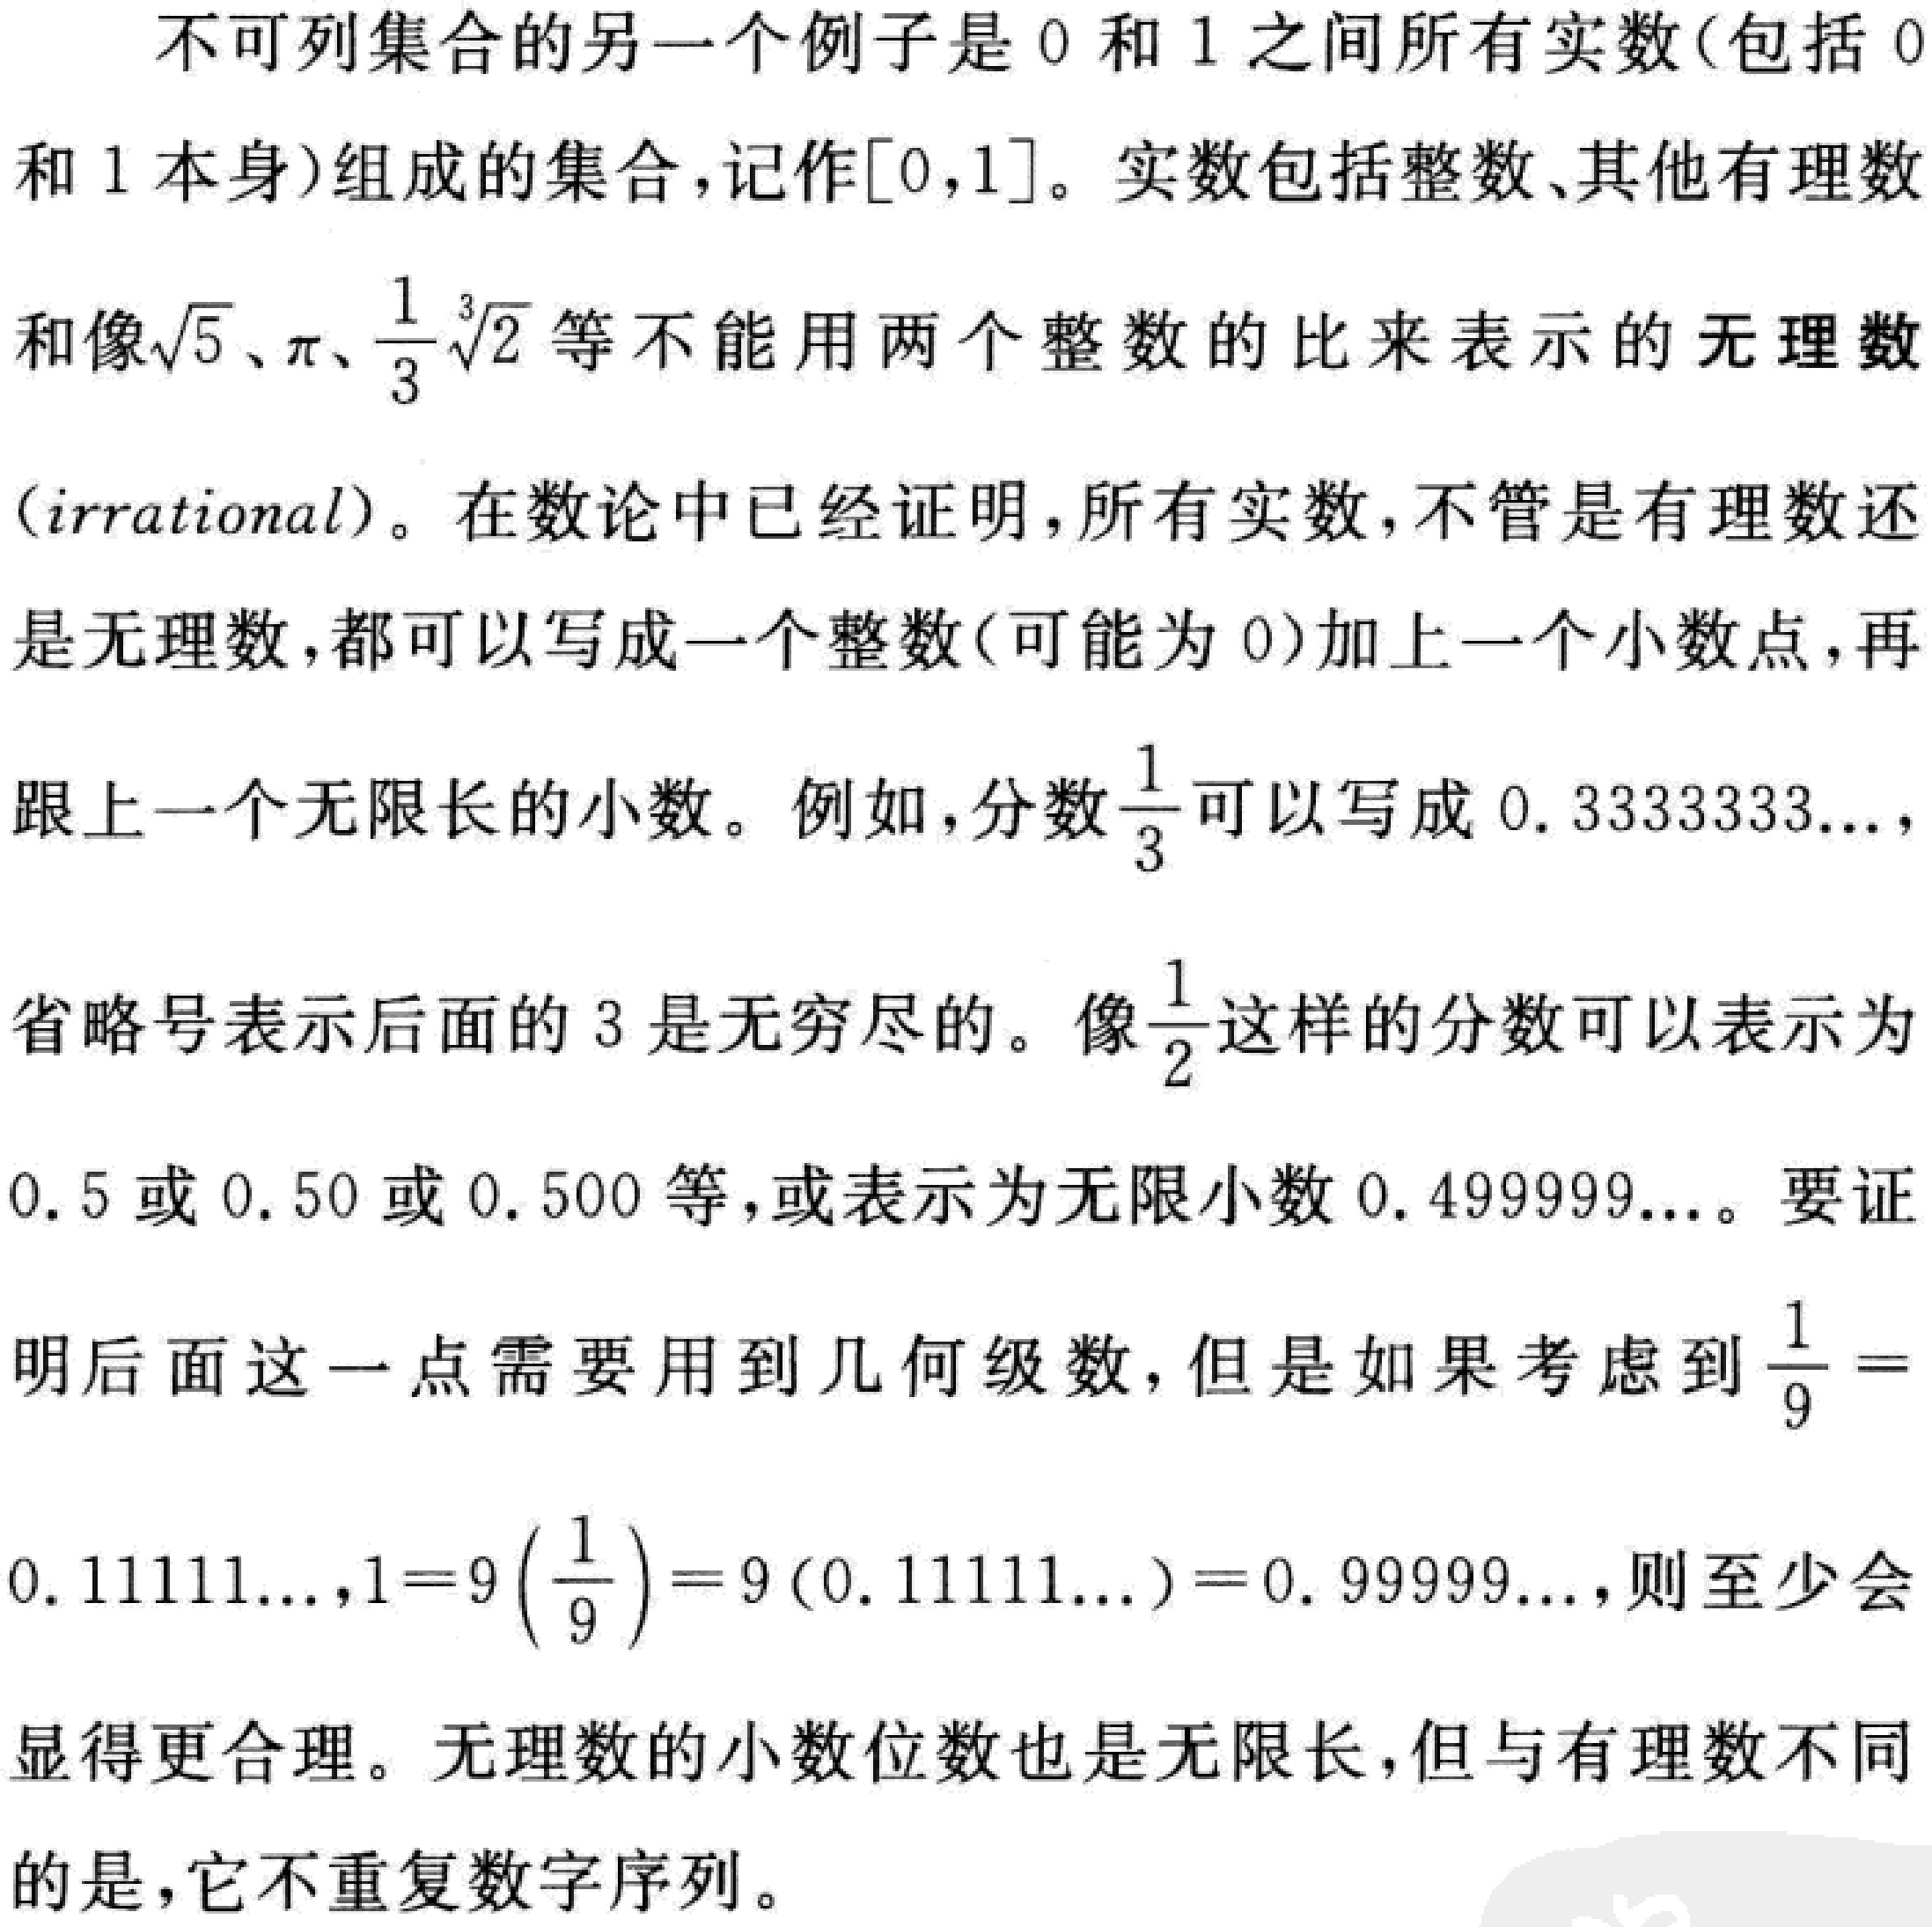
不可列集合的另一个例子是 0 和 1 之间所有实数(包括 0
和 1 本身)组成的集合，记作\([0,1]\)。实数包括整数、其他有理数
和像\(\sqrt{5}\)、\(\pi\)、\(\frac{1}{3}\sqrt[3]{2}\)等不能用两个整数的比来表示的无理数
(irrational)。在数论中已经证明，所有实数，不管是有理数还
是无理数，都可以写成一个整数(可能为 0)加上一个小数点，再
跟上一个无限长的小数。例如，分数\(\frac{1}{3}\)可以写成 \(0.333333\ldots\)，
省略号表示后面的 3 是无穷尽的。像\(\frac{1}{2}\)这样的分数可以表示为
\(0.5\)或 \(0.50\)或 \(0.500\)等，或表示为无限小数 \(0.499999\ldots\)。要证
明后面这一点需要用到几何级数，但是如果考虑到\(\frac{1}{9} =\)
\(0.11111\ldots\)，\(1 = 9\left(\frac{1}{9}\right)=9(0.11111\ldots)=0.99999\ldots\)，则至少会
显得更合理。无理数的小数位数也是无限长，但与有理数不同
的是，它不重复数字序列。